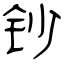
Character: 钞